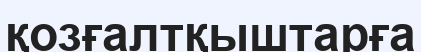
қозғалтқыштарға